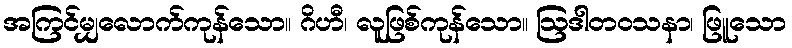
အကြင်မျှလောက်ကုန်သော။ ဂိဟီ၊ လူဖြစ်ကုန်သော။ ဩဒါတဝသနာ၊ ဖြူသော